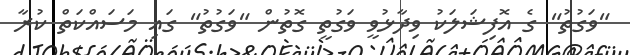
"ވަގުތު" ގެ އޮފިޝަލަކު ވިދާޅުވީ ވަގުތީ ގޮތުން "ވަގުތު" ގައި މަސައްކަތް ކުރާ